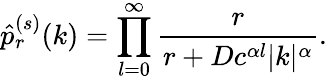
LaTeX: \hat{p}_{r}^{(s)}(k)=\prod_{l=0}^{\infty}\frac{r}{r+Dc^{\alpha l}|k|^{\alpha}}.